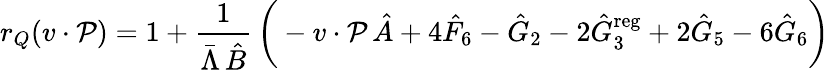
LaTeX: r_{Q}(v\cdot\mathcal{P})=1+{\frac{{1}}{{\bar{{\Lambda}}\, \hat{{B}}}}}\, \bigg(-v\cdot\mathcal{P}\, \hat{{A}}+4\hat{{F}}_{6}-\hat{{G}}_{2}-2\hat{{G}}_{3}^{\mathrm{{reg}}}+2\hat{{G}}_{5}-6\hat{{G}}_{6}\bigg)